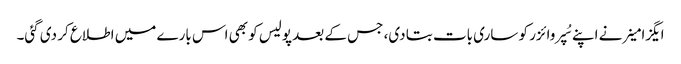
ایگزامینر نے اپنے سُپروائزر کو ساری بات بتا دی، جس کے بعد پولیس کو بھی اس بارے میں اطلاع کر دی گئی۔